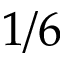
1 / 6